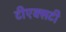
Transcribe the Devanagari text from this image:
टीएक्सटी